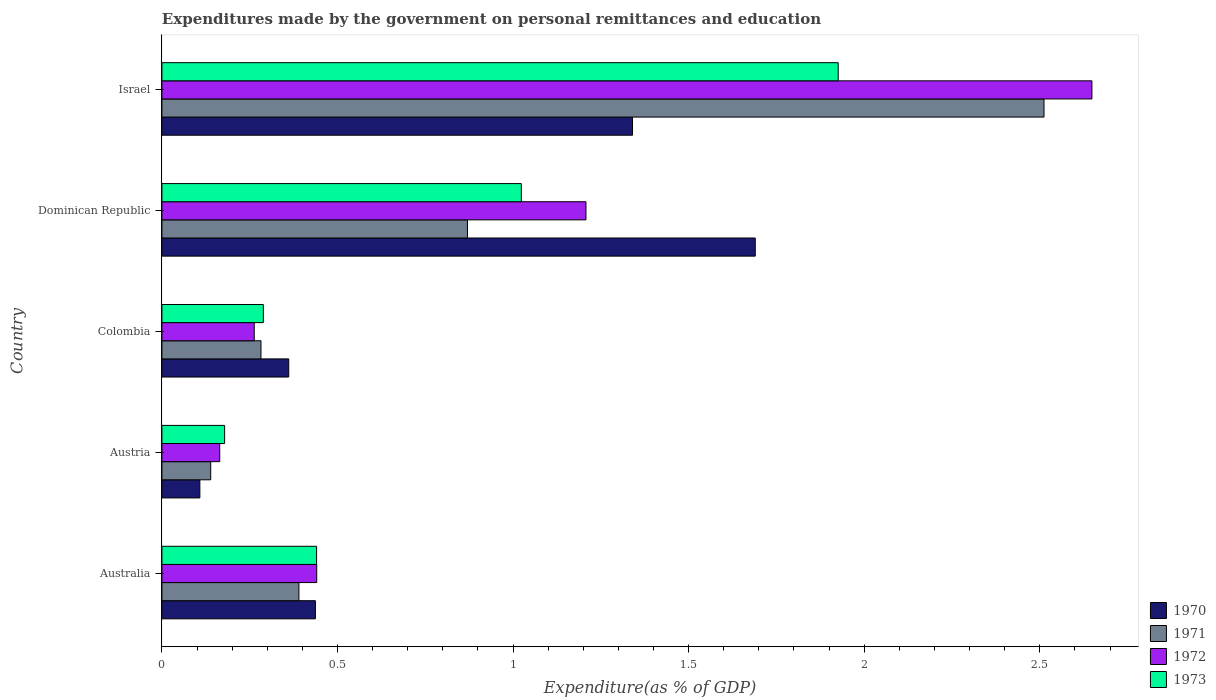
| Country | 1970 | 1971 | 1972 | 1973 |
 | --- | --- | --- | --- | --- |
 | Australia | 0.437 | 0.39 | 0.441 | 0.441 |
 | Austria | 0.108 | 0.139 | 0.165 | 0.179 |
 | Colombia | 0.361 | 0.282 | 0.263 | 0.289 |
 | Dominican Republic | 1.69 | 0.87 | 1.21 | 1.02 |
 | Israel | 1.34 | 2.51 | 2.65 | 1.93 |